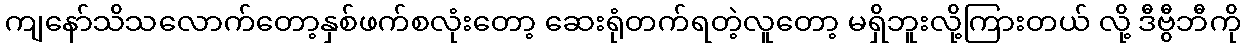
ကျနော်သိသလောက်တော့နှစ်ဖက်စလုံးတော့ ဆေးရုံတက်ရတဲ့လူတော့ မရှိဘူးလို့ကြားတယ် လို့ ဒီဗွီဘီကို